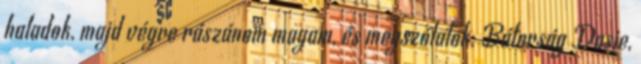
haladok, majd végre rászánom magam, és megszólalok. Bátorság Dasie,